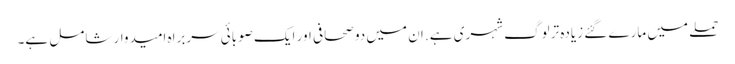
حملے میں مارے گئے زیادہ تر لوگ شہری ہے. ان میں دو صحافی اور ایک صوبائی سربراہ امیدوار شامل ہے۔